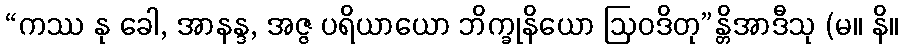
“ကဿ နု ခေါ, အာနန္ဒ, အဇ္ဇ ပရိယာယော ဘိက္ခုနိယော ဩဝဒိတု”န္တိအာဒီသု (မ။ နိ။